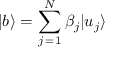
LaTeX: | b \rangle = \sum _ { j \mathop { = } 1 } ^ { N } \beta _ { j } | u _ { j } \rangle